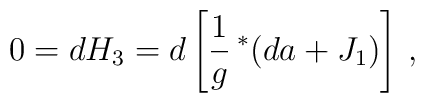
0 = d H_3 = d \left [\frac{1}{g} \, \rule{0pt}{8pt}^*(d a + J_1) \right] \, ,